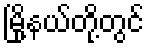
မြို့နယ်တို့တွင်